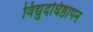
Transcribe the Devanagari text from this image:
विद्युदधिष्ठापन